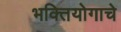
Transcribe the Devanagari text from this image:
भक्तियोगाचे